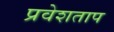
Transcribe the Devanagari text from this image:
प्रवेशताप